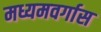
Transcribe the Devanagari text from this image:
मध्यमवर्गास